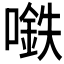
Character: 𰈲